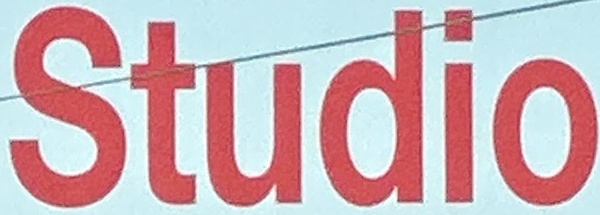
Studio